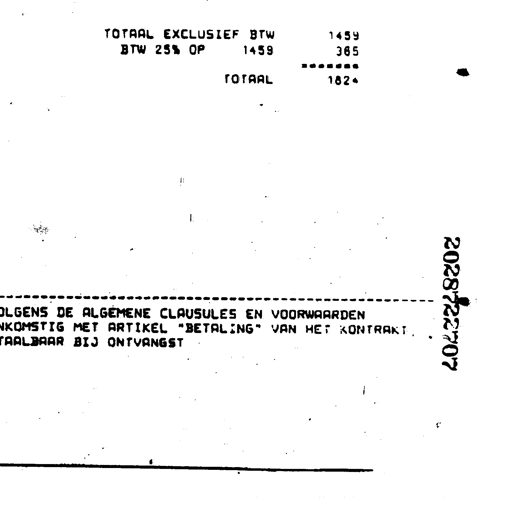
TOTAAL EXCLUSIEF BTW 1459
BTW 25% OP 1459 365
------
TOTAAL 1824

VOLGENS DE ALGEMENE CLAUSULES EN VOORWAARDEN
NKOMSTIG MET ARTIKEL "BETALING" VAN HET KONTRAKT
TAALBAAR BIJ ONTVANGST 2028722707